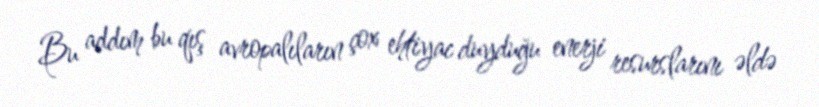
Bu addım bu qış avropalıların çox ehtiyac duyduğu enerji resurslarını əldə